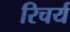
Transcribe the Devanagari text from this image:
रिचर्य